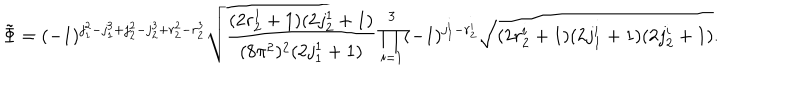
\tilde { \Phi } = ( - 1 ) ^ { j _ { 1 } ^ { 2 } - j _ { 1 } ^ { 3 } + j _ { 2 } ^ { 2 } - j _ { 2 } ^ { 3 } + r _ { 2 } ^ { 2 } - r _ { 2 } ^ { 3 } } \sqrt { \frac { ( 2 r _ { 2 } ^ { 1 } + 1 ) ( 2 j _ { 2 } ^ { 1 } + 1 ) } { ( 8 \pi ^ { 2 } ) ^ { 2 } ( 2 j _ { 1 } ^ { 1 } + 1 ) } } \prod _ { i = 1 } ^ { 3 } ( - 1 ) ^ { j _ { 1 } ^ { i } - r _ { 2 } ^ { i } } \sqrt { ( 2 r _ { 2 } ^ { i } + 1 ) ( 2 j _ { 1 } ^ { i } + 1 ) ( 2 j _ { 2 } ^ { i } + 1 ) } .